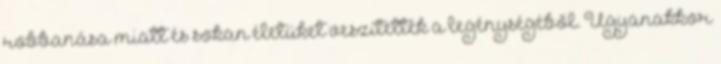
robbanása miatt és sokan életüket veszítették a legénységéből. Ugyanakkor